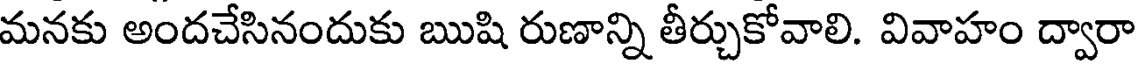
మనకు అందచేసినందుకు ఋషి రుణాన్ని తీర్చుకోవాలి. వివాహం ద్వారా